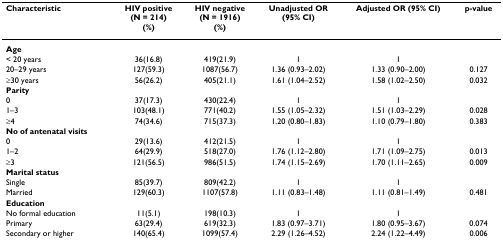
<table><thead><tr><td><b>Characteristic</b></td><td><b>HIV positive(N = 214)(%)</b></td><td><b>HIV negative(N = 1916)(%)</b></td><td><b>Unadjusted OR(95% CI)</b></td><td><b>Adjusted OR (95% CI)</b></td><td><b>p-value</b></td></tr></thead><tbody><tr><td><b>Age</b></td><td></td><td></td><td></td><td></td><td></td></tr><tr><td>&lt; 20 years</td><td>36(16.8)</td><td>419(21.9)</td><td>1</td><td>1</td><td></td></tr><tr><td>20–29 years</td><td>127(59.3)</td><td>1087(56.7)</td><td>1.36 (0.93–2.02)</td><td>1.33 (0.90–2.00)</td><td>0.127</td></tr><tr><td>≥30 years</td><td>56(26.2)</td><td>405(21.1)</td><td>1.61 (1.04–2.52)</td><td>1.58 (1.02–2.50)</td><td>0.032</td></tr><tr><td><b>Parity</b></td><td></td><td></td><td></td><td></td><td></td></tr><tr><td>0</td><td>37(17.3)</td><td>430(22.4)</td><td>1</td><td>1</td><td></td></tr><tr><td>1–3</td><td>103(48.1)</td><td>771(40.2)</td><td>1.55 (1.05–2.32)</td><td>1.51 (1.03–2.29)</td><td>0.028</td></tr><tr><td>≥4</td><td>74(34.6)</td><td>715(37.3)</td><td>1.20 (0.80–1.83)</td><td>1.10 (0.79–1.80)</td><td>0.383</td></tr><tr><td><b>No of antenatal visits</b></td><td></td><td></td><td></td><td></td><td></td></tr><tr><td>0</td><td>29(13.6)</td><td>412(21.5)</td><td>1</td><td>1</td><td></td></tr><tr><td>1–2</td><td>64(29.9)</td><td>518(27.0)</td><td>1.76 (1.12–2.80)</td><td>1.71 (1.09–2.75)</td><td>0.013</td></tr><tr><td>≥3</td><td>121(56.5)</td><td>986(51.5)</td><td>1.74 (1.15–2.69)</td><td>1.70 (1.11–2.65)</td><td>0.009</td></tr><tr><td><b>Marital status</b></td><td></td><td></td><td></td><td></td><td></td></tr><tr><td>Single</td><td>85(39.7)</td><td>809(42.2)</td><td>1</td><td>1</td><td></td></tr><tr><td>Married</td><td>129(60.3)</td><td>1107(57.8)</td><td>1.11 (0.83–1.48)</td><td>1.11 (0.81–1.49)</td><td>0.481</td></tr><tr><td><b>Education</b></td><td></td><td></td><td></td><td></td><td></td></tr><tr><td>No formal education</td><td>11(5.1)</td><td>198(10.3)</td><td>1</td><td>1</td><td></td></tr><tr><td>Primary</td><td>63(29.4)</td><td>619(32.3)</td><td>1.83 (0.97–3.71)</td><td>1.80 (0.95–3.67)</td><td>0.074</td></tr><tr><td>Secondary or higher</td><td>140(65.4)</td><td>1099(57.4)</td><td>2.29 (1.26–4.52)</td><td>2.24 (1.22–4.49)</td><td>0.006</td></tr></tbody></table>